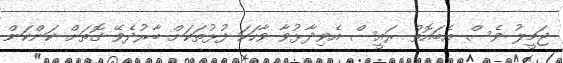
ޖަމީލު ވެސް އެބައޮތް ރައީސް އެވިދާޅުވާ ވާހަކަ ފުޅުތަކަށް ބާރުދެވޭ ގޮތަށް ކަންކަން